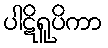
ပါဋိရူပိကာ